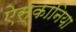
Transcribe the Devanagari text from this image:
ऐस्कानिया